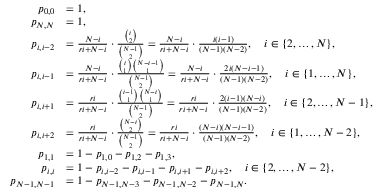
\begin{array} { r l } { p _ { 0 , 0 } } & { = 1 , } \\ { p _ { N , N } } & { = 1 , } \\ { p _ { i , i - 2 } } & { = \frac { N - i } { r i + N - i } \cdot \frac { \binom { i } { 2 } } { \binom { N - 1 } { 2 } } = \frac { N - i } { r i + N - i } \cdot \frac { i ( i - 1 ) } { ( N - 1 ) ( N - 2 ) } , \quad i \in \{ 2 , \ldots , N \} , } \\ { p _ { i , i - 1 } } & { = \frac { N - i } { r i + N - i } \cdot \frac { \binom { i } { 1 } \binom { N - i - 1 } { 1 } } { \binom { N - 1 } { 2 } } = \frac { N - i } { r i + N - i } \cdot \frac { 2 i ( N - i - 1 ) } { ( N - 1 ) ( N - 2 ) } , \quad i \in \{ 1 , \ldots , N \} , } \\ { p _ { i , i + 1 } } & { = \frac { r i } { r i + N - i } \cdot \frac { \binom { i - 1 } { 1 } \binom { N - i } { 1 } } { \binom { N - 1 } { 2 } } = \frac { r i } { r i + N - i } \cdot \frac { 2 ( i - 1 ) ( N - i ) } { ( N - 1 ) ( N - 2 ) } , \quad i \in \{ 2 , \ldots , N - 1 \} , } \\ { p _ { i , i + 2 } } & { = \frac { r i } { r i + N - i } \cdot \frac { \binom { N - i } { 2 } } { \binom { N - 1 } { 2 } } = \frac { r i } { r i + N - i } \cdot \frac { ( N - i ) ( N - i - 1 ) } { ( N - 1 ) ( N - 2 ) } , \quad i \in \{ 1 , \ldots , N - 2 \} , } \\ { p _ { 1 , 1 } } & { = 1 - p _ { 1 , 0 } - p _ { 1 , 2 } - p _ { 1 , 3 } , } \\ { p _ { i , i } } & { = 1 - p _ { i , i - 2 } - p _ { i , i - 1 } - p _ { i , i + 1 } - p _ { i , i + 2 } , \quad i \in \{ 2 , \ldots , N - 2 \} , } \\ { p _ { N - 1 , N - 1 } } & { = 1 - p _ { N - 1 , N - 3 } - p _ { N - 1 , N - 2 } - p _ { N - 1 , N } . } \end{array}